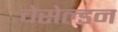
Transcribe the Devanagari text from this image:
चेसेल्डन